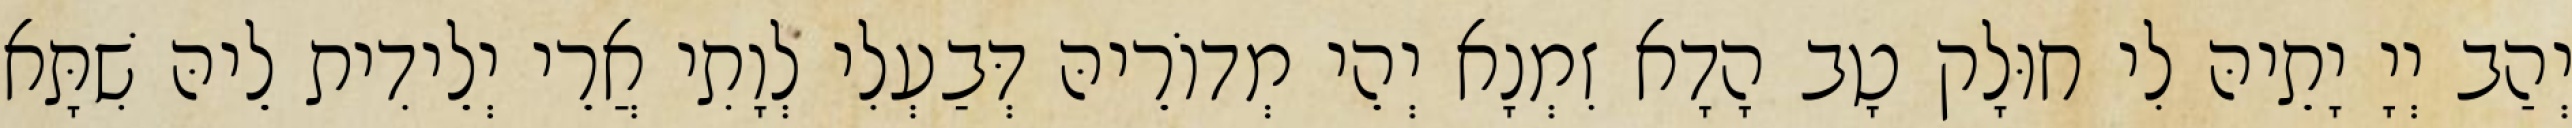
יְהַב יְיָ יָתֵיהּ לִי חוּלָק טָב הָדָא זִמְנָא יְהֵי מְדוֹרֵיהּ דְּבַעְלִי לְוָתִי אֲרֵי יְלֵידִית לֵיהּ שִׁתָּא